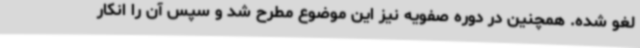
لغو شده. همچنین در دوره صفویه نیز این موضوع مطرح شد و سپس آن را انکار